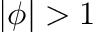
| \phi | > 1